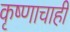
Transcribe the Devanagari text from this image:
कृष्णाचाही